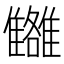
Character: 𩁗